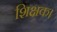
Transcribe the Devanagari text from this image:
शिक्षक।